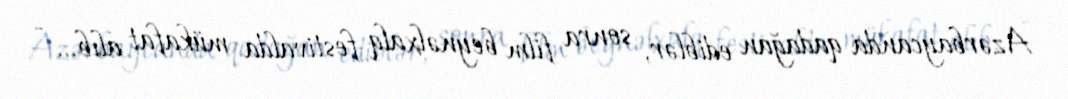
Azərbaycanda qadağan ediblər, sonra film beynəlxalq festivalda mükafat alıb... -